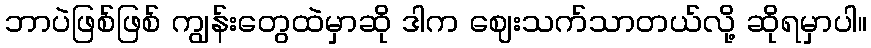
ဘာပဲဖြစ်ဖြစ် ကျွန်းတွေထဲမှာဆို ဒါက ဈေးသက်သာတယ်လို့ ဆိုရမှာပါ။